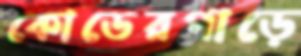
কোডেরপাড়ে